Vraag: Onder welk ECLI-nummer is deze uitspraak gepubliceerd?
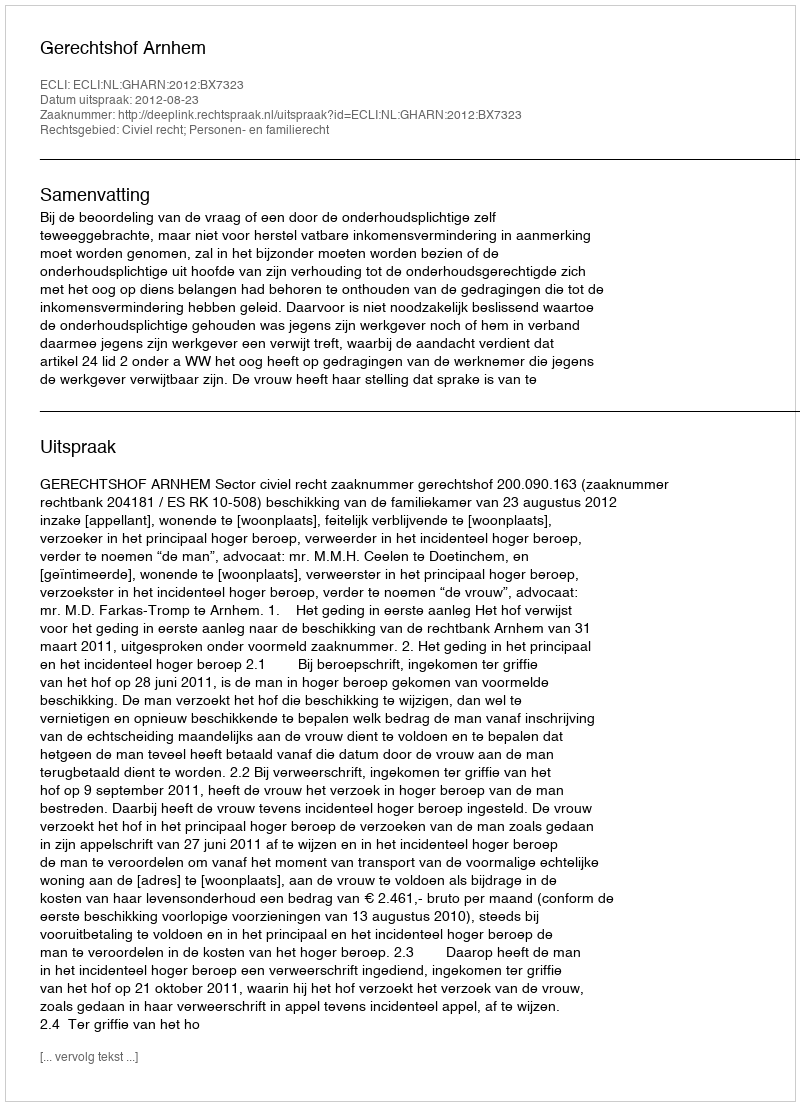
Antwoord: ECLI:NL:GHARN:2012:BX7323